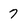
Character: 7